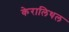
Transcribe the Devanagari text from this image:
केरालिथल